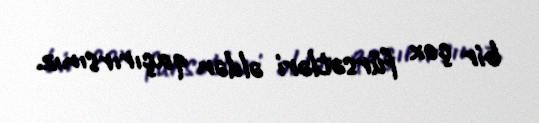
bir çox fürsətləri əldən qaçırırsınız.